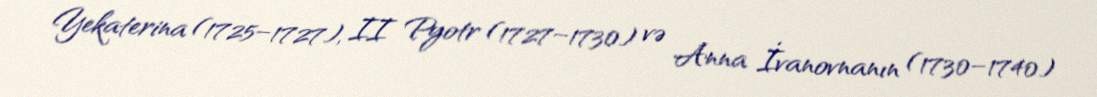
Yekaterina (1725–1727), II Pyotr (1727–1730) və Anna İvanovnanın (1730–1740)